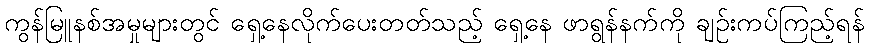
ကွန်မြူနစ်အမှုများတွင် ရှေ့နေလိုက်ပေးတတ်သည့် ရှေ့နေ ဖာရွန်နက်ကို ချဉ်းကပ်ကြည့်ရန်